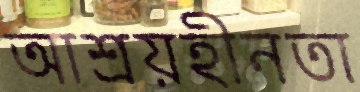
আশ্রয়হীনতা